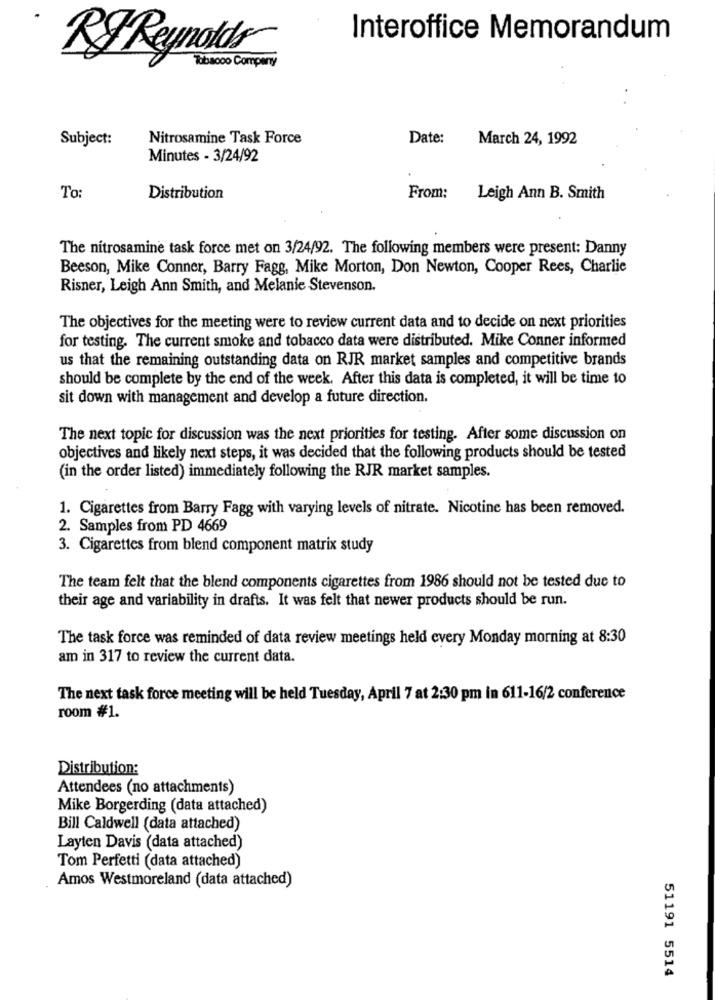
Interoffice Memorandum
RJ Reynolds
Tobacco Comperry
Subject:
Nitrosamine Task Force
Date:
March 24, 1992
Minutes - 3/24/92
To:
Distribution
From:
Leigh Ann B. Smith
The nitrosamine task force met on 3/24/92. The following members were present: Danny
Beeson, Mike Conner, Barry Fagg, Mike Morton, Don Newton, Cooper Rees, Charlie
Risner, Leigh Ann Smith, and Melanie Stevenson.
The objectives for the meeting were to review current data and to decide on next priorities
for testing. The current smoke and tobacco data were distributed. Mike Conner informed
us that the remaining outstanding data on RJR market samples and competitive brands
should be complete by the end of the week. After this data is completed, it will be time to
sit down with management and develop a future direction.
The next topic for discussion was the next priorities for testing. After some discussion on
objectives and likely next steps, it was decided that the following products should be tested
(in the order listed) immediately following the RJR market samples.
1. Cigarettes from Barry Fagg with varying levels of nitrate. Nicotine has been removed.
2. Samples from PD 4669
3. Cigarettes from blend component matrix study
The team felt that the blend components cigarettes from 1986 should not be tested due to
their age and variability in drafts. It was felt that newer products should be run.
The task force was reminded of data review meetings held every Monday morning at 8:30
am in 317 to review the current data.
The next task force meeting will be held Tuesday, April 7 at 2:30 pm in 611-16/2 conference
room #1.
Distribution:
Attendees (no attachments)
Mike Borgerding (data attached)
Bill Caldwell (data attached)
Layten Davis (data attached)
Tom Perfetti (data attached)
Amos Westmoreland (data attached)
51191 5514